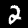
Digit: 2